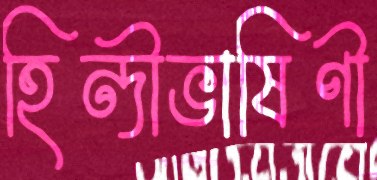
হিন্দীভাষিণী